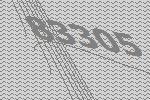
83305